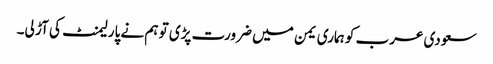
سعودی عرب کو ہماری یمن میں ضرورت پڑی تو ہم نے پارلیمنٹ کی آڑ لی۔